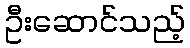
ဦးဆောင်သည့်